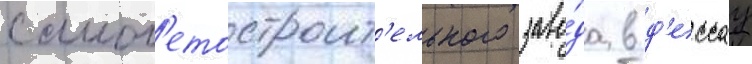
самол'етостроит'ельного заво́да в д'ессау